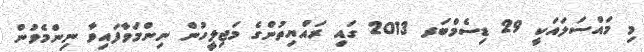
މި މައްސަލައަކީ 29 ޑިސެމްބަރ 2013 ގައި ރައްޔިތުންގެ މަޖިލީހުން ނިންމަވާފައިވާ ނިންމެވުން